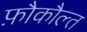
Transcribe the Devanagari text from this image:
फ़ौकौल्त